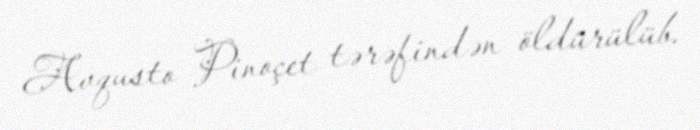
Avqusto Pinoçet tərəfindən öldürülüb.